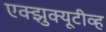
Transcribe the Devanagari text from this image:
एक्झुक्यूटीव्ह